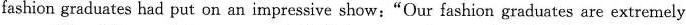
fashion graduates had put on an impressive show:"Our fashion graduates are extremely